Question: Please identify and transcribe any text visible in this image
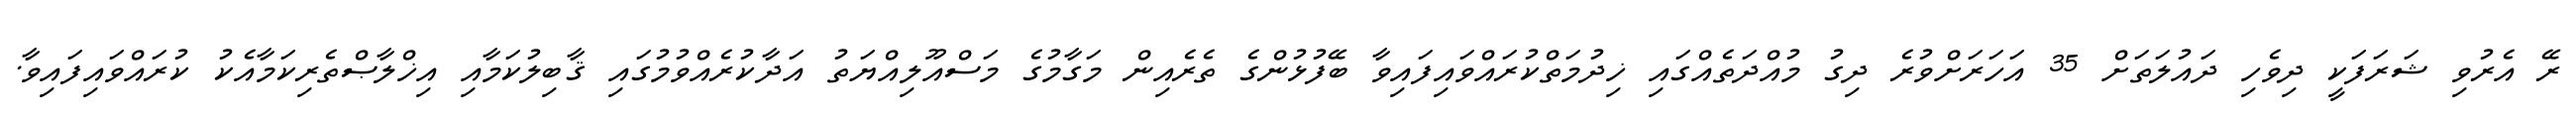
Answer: ރޭ އެރުވި ޝަރަފަކީ ދިވެހި ދައުލަތަށް 35 އަހަރަށްވުރެ ދިގު މުއްދަތެއްގައި ޚިދުމަތްކުރައްވައިފައިވާ ބޭފުޅުންގެ ތެރެއިން މަގާމުގެ މަސްއޫލިއްޔަތު އަދާކުރެއްވުމުގައި ޤާބިލުކަމާއި އިޚްލާޞްތެރިކަމާއެކު ކުރައްވައިފައިވާ.